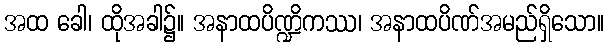
အထ ခေါ၊ ထိုအခါ၌။ အနာထပိဏ္ဍိကဿ၊ အနာထပိဏ်အမည်ရှိသော။